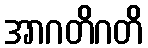
အာဂတိဂတိ